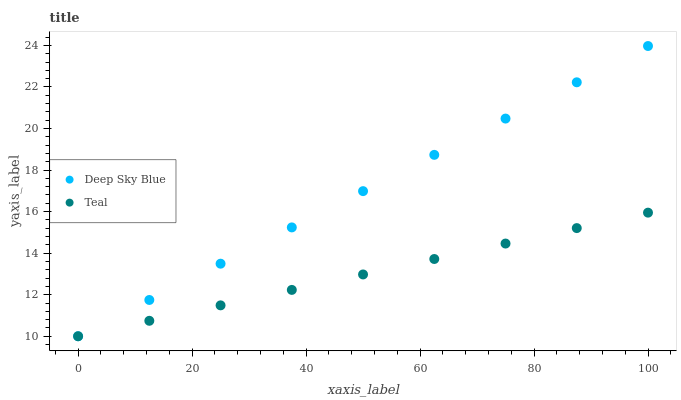
| xaxis_label | Deep Sky Blue | Teal |
 | --- | --- | --- |
 | 0 | 10 | 10 |
 | 12.5 | 11.7 | 10.7 |
 | 25 | 13.5 | 11.5 |
 | 37.5 | 15.2 | 12.2 |
 | 50 | 17 | 13 |
 | 62.5 | 18.7 | 13.7 |
 | 75 | 20.5 | 14.5 |
 | 87.5 | 22.2 | 15.2 |
 | 100 | 24 | 16 |